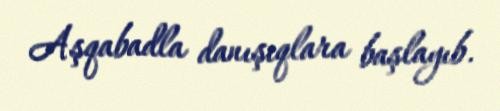
Aşqabadla danışıqlara başlayıb.